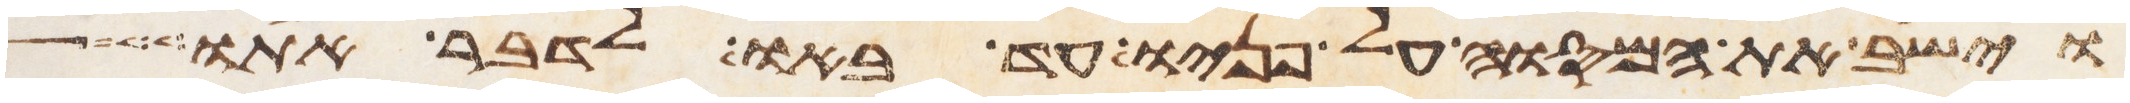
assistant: והשיב את המסוה על פניו עד באו לדבר אתו